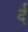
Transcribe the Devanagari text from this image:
र्द